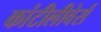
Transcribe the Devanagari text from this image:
कांटीलीवेर्स